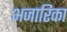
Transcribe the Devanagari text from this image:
अजारिका